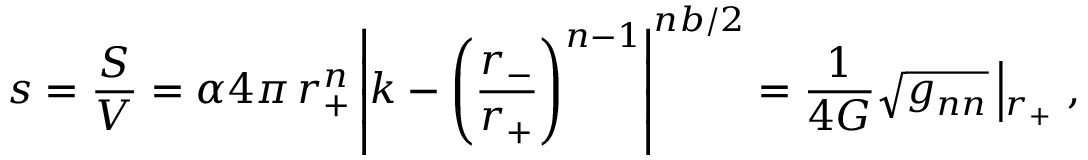
s = \frac { S } { V } = \alpha 4 \pi \, r _ { + } ^ { n } \left| k - \left( \frac { r _ { - } } { r _ { + } } \right) ^ { n - 1 } \right| ^ { n b / 2 } = \frac { 1 } { 4 G } \sqrt { g _ { n n } } \left| _ { r _ { + } } \right. ,